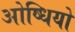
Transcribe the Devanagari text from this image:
ओष्धियो